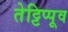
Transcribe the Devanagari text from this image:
तेट्टिप्पूव